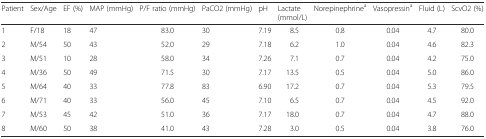
<table><thead><tr><td><b>Patient</b></td><td><b>Sex/Age</b></td><td><b>EF (%)</b></td><td><b>MAP (mmHg)</b></td><td><b>P/F ratio (mmHg)</b></td><td><b>PaCO2 (mmHg)</b></td><td><b>pH</b></td><td><b>Lactate (mmol/L)</b></td><td><b>Norepinephrine<sup>a</sup></b></td><td><b>Vasopressin<sup>a</sup></b></td><td><b>Fluid (L)</b></td><td><b>ScvO2 (%)</b></td></tr></thead><tbody><tr><td>1</td><td>F/18</td><td>18</td><td>47</td><td>83.0</td><td>30</td><td>7.19</td><td>8.5</td><td>0.8</td><td>0.04</td><td>4.7</td><td>80.0</td></tr><tr><td>2</td><td>M/54</td><td>50</td><td>43</td><td>52.0</td><td>29</td><td>7.18</td><td>6.2</td><td>1.0</td><td>0.04</td><td>4.6</td><td>82.3</td></tr><tr><td>3</td><td>M/51</td><td>10</td><td>28</td><td>58.0</td><td>34</td><td>7.26</td><td>7.1</td><td>0.7</td><td>0.04</td><td>4.2</td><td>75.0</td></tr><tr><td>4</td><td>M/36</td><td>50</td><td>49</td><td>71.5</td><td>30</td><td>7.17</td><td>13.5</td><td>0.5</td><td>0.04</td><td>5.0</td><td>86.0</td></tr><tr><td>5</td><td>M/64</td><td>40</td><td>33</td><td>77.8</td><td>83</td><td>6.90</td><td>17.2</td><td>0.7</td><td>0.04</td><td>5.3</td><td>79.5</td></tr><tr><td>6</td><td>M/71</td><td>40</td><td>33</td><td>56.0</td><td>45</td><td>7.10</td><td>6.5</td><td>0.7</td><td>0.04</td><td>4.5</td><td>92.0</td></tr><tr><td>7</td><td>M/53</td><td>45</td><td>42</td><td>51.0</td><td>36</td><td>7.17</td><td>18.0</td><td>0.7</td><td>0.04</td><td>4.7</td><td>88.0</td></tr><tr><td>8</td><td>M/60</td><td>50</td><td>38</td><td>41.0</td><td>43</td><td>7.28</td><td>3.0</td><td>0.5</td><td>0.04</td><td>3.8</td><td>76.0</td></tr></tbody></table>